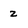
Character: 2